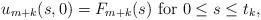
LaTeX: \begin{align*}u_{m+k}(s, 0) = F_{m+k}(s) \mbox{ for } 0 \le s \le t_k,\end{align*}